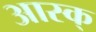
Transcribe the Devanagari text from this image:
आस्क्